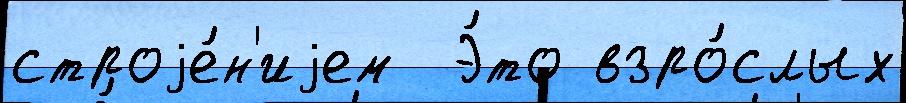
строjе́н'иjем  Э́то взро́слых